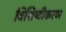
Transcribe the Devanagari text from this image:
विशिष्‍टीकरण